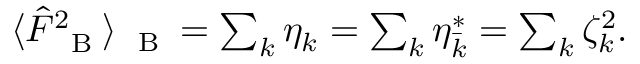
\begin{array} { r } { \langle \hat { F } _ { \mathrm { ~ \tiny ~ B ~ } } ^ { 2 } \rangle _ { \mathrm { ~ \tiny ~ B ~ } } = \sum _ { k } \eta _ { k } = \sum _ { k } \eta _ { \bar { k } } ^ { \ast } = \sum _ { k } \zeta _ { k } ^ { 2 } . } \end{array}